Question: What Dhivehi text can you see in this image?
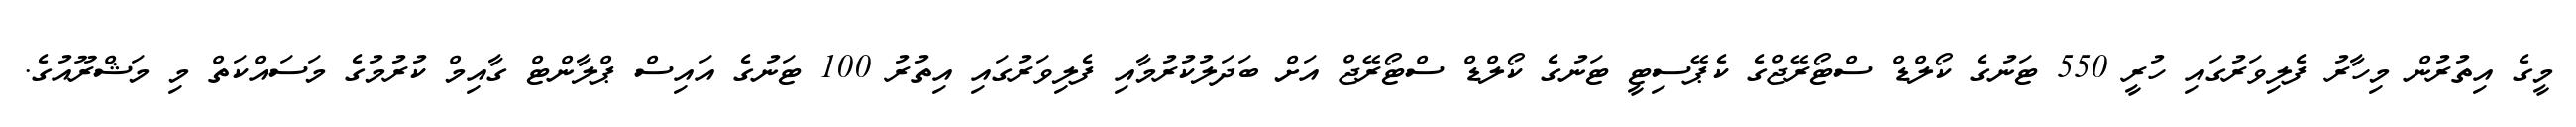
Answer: މީގެ އިތުރުން މިހާރު ފެލިވަރުގައި ހުރީ 550 ޓަނުގެ ކޯލްޑް ސްޓޯރޭޖްގެ ކެޕޭސިޓީ ޓަނުގެ ކޯލްޑް ސްޓޯރޭޖް އަށް ބަދަލުކުރުމާއި ފެލިވަރުގައި އިތުރު 100 ޓަނުގެ އައިސް ޕްލާންޓް ގާއިމް ކުރުމުގެ މަސައްކަތް މި މަޝްރޫއުގެ.